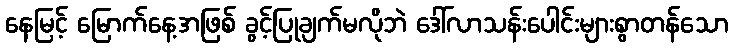
နေမြင့် မြောက်နေ့အဖြစ် ခွင့်ပြုချက်မလိုဘဲ ဒေါ်လာသန်းပေါင်းများစွာတန်သော